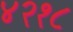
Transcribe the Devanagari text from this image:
४२१८